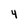
Character: 4